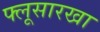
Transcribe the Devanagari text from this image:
फ्लूसारखा